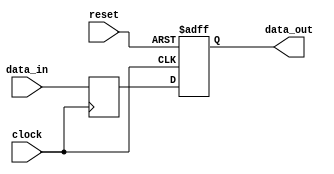
module sequential_logic_block (
    input wire clock,
    input wire reset,
    input wire data_in,
    output reg data_out
);

reg latch_output;

// Transparent latch
always @ (posedge clock) begin
    if (clock) begin
        latch_output <= data_in;
    end
end

// D flip-flop
always @ (posedge clock or posedge reset) begin
    if (reset) begin
        data_out <= 1'b0;
    end else begin
        data_out <= latch_output;
    end
end

endmodule